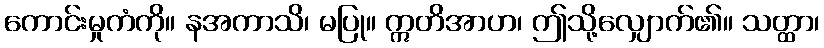
ကောင်းမှုကံကို။ နအကာသိ၊ မပြု။ ဣတိအာဟ၊ ဤသို့လျှောက်၏။ သတ္ထာ၊